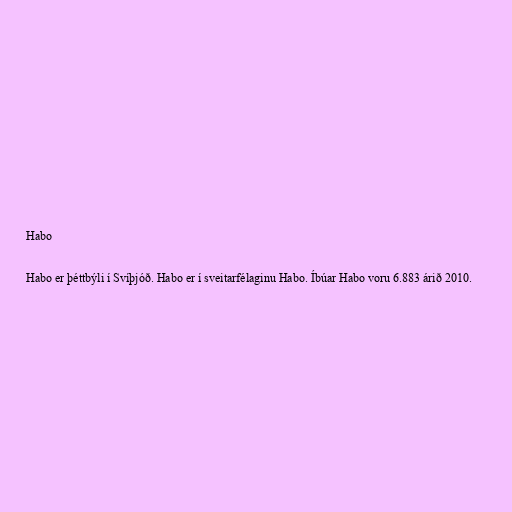
Habo

Habo er þéttbýli í Svíþjóð. Habo er í sveitarfélaginu Habo. Íbúar Habo voru 6.883 árið 2010.